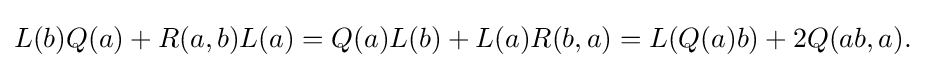
\displaystyle {L(b)Q(a)+R(a,b)L(a)=Q(a)L(b)+L(a)R(b,a)=L(Q(a)b)+2Q(ab,a).}